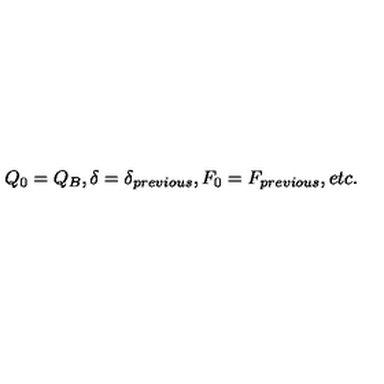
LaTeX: Q _ { 0 } = Q _ { B } , \delta = \delta _ { p r e v i o u s } , F _ { 0 } = F _ { p r e v i o u s } , e t c .